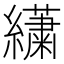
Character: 𦇋